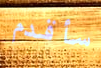
سأقدم